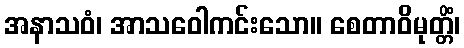
အနာသဝံ၊ အာသဝေါကင်းသော။ စေတာဝိမုတ္တိံ၊